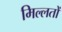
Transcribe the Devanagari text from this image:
मिल्लतों